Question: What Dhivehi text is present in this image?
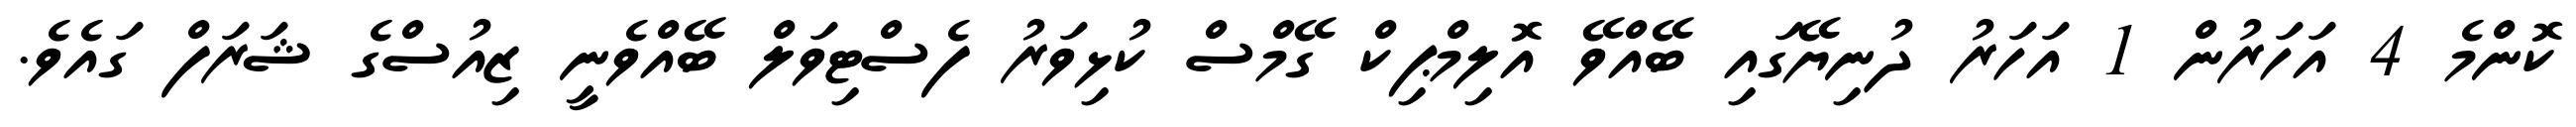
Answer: ކޮންމެ 4 އަހަރުން 1 އަހަރު ދުނިޔޭގައި ބޭއްވޭ އޮލިމްޕިކް ގޭމްސް ކުޅިވަރު ފެސްޓިވަލް ބޭއްވެނީ ޒިއުސްގެ ޝަރަފް ގައެވެ.